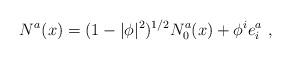
LaTeX: \begin{align*}N^a (x) = (1 - |\phi|^2)^{1/2} N_0^a (x) + \phi^i e^a_i\ ,\end{align*}